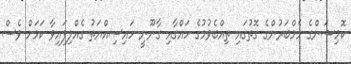
ކޮމިޝަންގެ މެމްބަރުންގެ ގޮތުގައި ތިއްބެވުމުގެ ހައްގާއި ގާނޫނީ ހައިސިއްޔަތު ގެއްލިފައިވާ ކަމަށް ވެސް